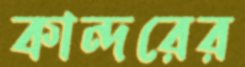
কান্দরের